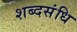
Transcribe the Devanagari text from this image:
शब्दसंधि